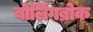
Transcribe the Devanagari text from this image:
बोलिंगब्रोक